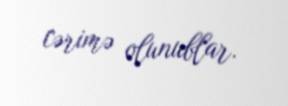
cərimə olunublar.